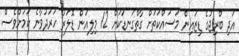
އަދި ބްރިޖުގެ ޑިޒައިން މަސައްކަތަށް ގާތްގަނޑަކަށް 12 މިލިއަން ޑޮލަރު ހަރަދުވާނެ ކަމަށްވެސް